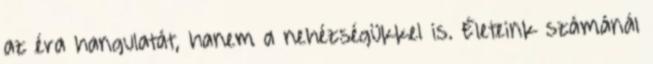
az éra hangulatát, hanem a nehézségükkel is. Életeink számánál